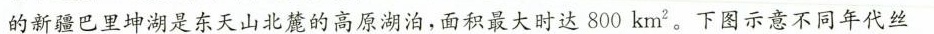
的新疆巴里坤湖是东天山北麓的高原湖泊，面积最大时达800km^{。下图示意不同年代丝